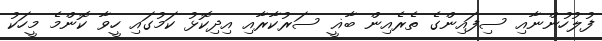
ފުލުހުންނާއި ސިފައިންގެ ތެރެއިން ބާޣީ ސަރުކާރާއި އިދިކޮޅު ކަމުގައި ހީވާ ކޮންމެ މީހަކު